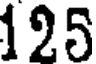
125